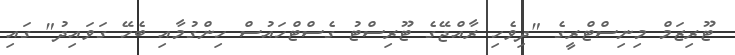
ޓޫރިޒަމް މިނިސްޓްރީގެ "ދިވެހި ރާއްޖޭގެ ޓޫރިސްޓު ގެސްޓްހައުސް ހިންގުމާއި ބެހޭ ގަވައިދު" ގައި